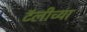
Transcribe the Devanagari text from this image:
टॅलीच्या